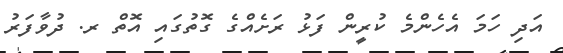
އަދި ހަމަ އެހެންމެ ކުރީން ފަޅު ރަށެއްގެ ގޮތުގައި އޮތް ރ. ދުވާފަރު